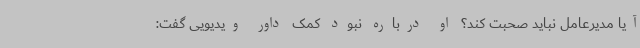
آیا مدیرعامل نباید صحبت کند؟ او درباره نبود کمک داور ویدیویی گفت: